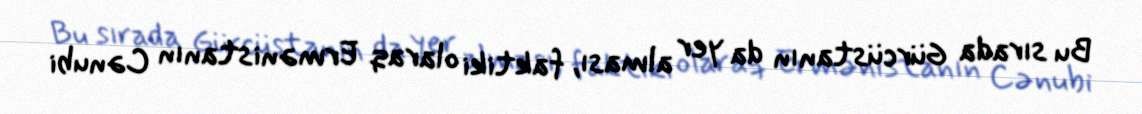
Bu sırada Gürcüstanın da yer alması, faktiki olaraq Ermənistanın Cənubi